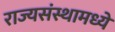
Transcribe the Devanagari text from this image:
राज्यसंस्थामध्ये